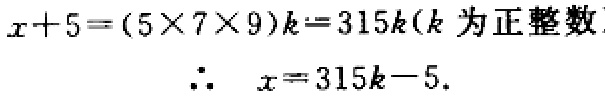
\[

\begin{align*}

x + 5&=(5\times7\times9)k = 315k(k\text{ 为正整数})\\

\therefore\ \ x&=315k - 5.

\end{align*}

\]